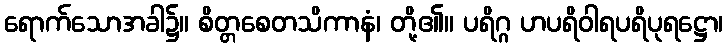
ရောက်သောအခါ၌။ စိတ္တစေတသိကာနံ၊ တို့၏။ ပရိဂ္ဂ ဟပရိဝါရပရိပုရဋ္ဌော၊